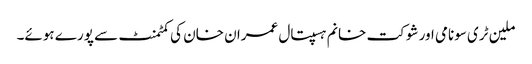
ملین ٹری سونامی اور شوکت خانم ہسپتال عمران خان کی کمٹمنٹ سے پورے ہوئے۔